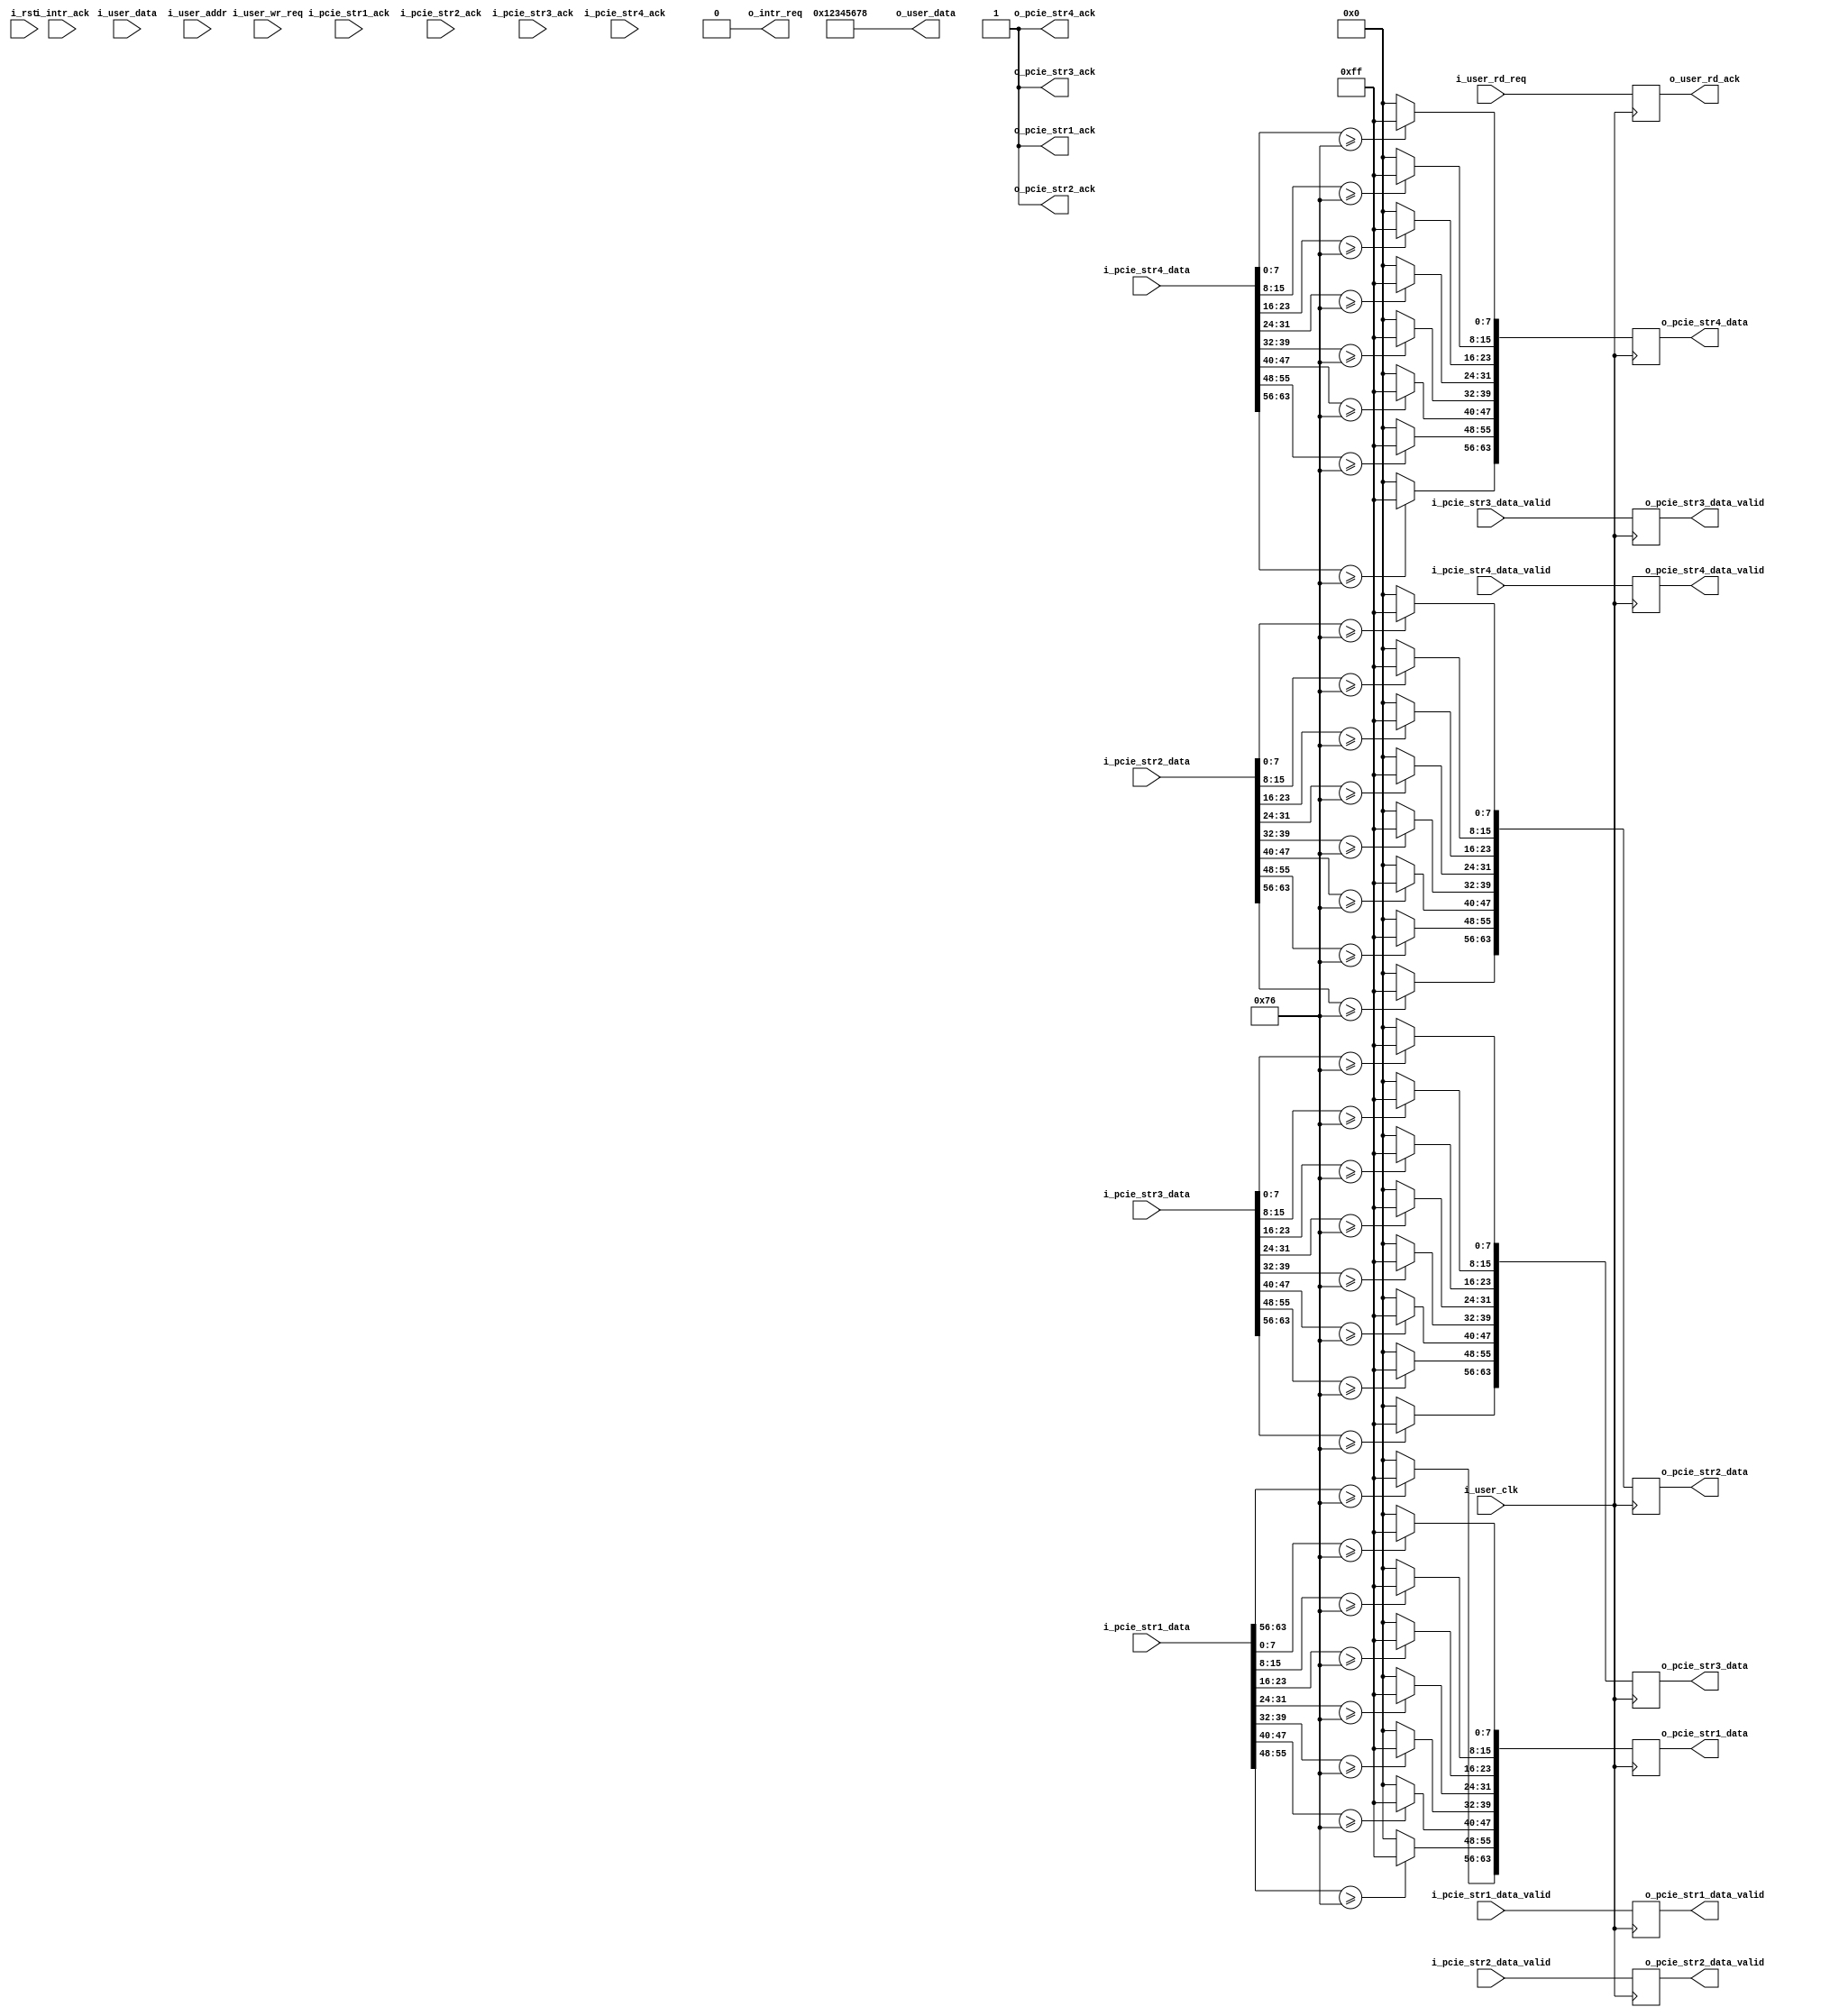
//--------------------------------------------------------------------------------
// Project    : SWITCH
// Version    : 0.1
//
// Description: A dummy user logic for testing purpose
//--------------------------------------------------------------------------------
`define threshold 118

module user_logic(
    input              i_user_clk,
    input              i_rst,
    //reg i/f 
    input    [31:0]    i_user_data,
    input    [19:0]    i_user_addr,
    input              i_user_wr_req,
    output   [31:0]    o_user_data,
    output  reg        o_user_rd_ack,
    input              i_user_rd_req, 
    //stream i/f 1
    input              i_pcie_str1_data_valid,
    output             o_pcie_str1_ack,
    input    [63:0]    i_pcie_str1_data,
    output   reg       o_pcie_str1_data_valid,
    input              i_pcie_str1_ack,
    output   reg [63:0]o_pcie_str1_data,
    //stream i/f 2       
    input              i_pcie_str2_data_valid,
    output             o_pcie_str2_ack,
    input    [63:0]    i_pcie_str2_data,
    output   reg       o_pcie_str2_data_valid,
    input              i_pcie_str2_ack,
    output   reg [63:0]o_pcie_str2_data,
    //stream i/f 3
    input              i_pcie_str3_data_valid,
    output             o_pcie_str3_ack,
    input    [63:0]    i_pcie_str3_data,
    output   reg       o_pcie_str3_data_valid,
    input              i_pcie_str3_ack,
    output   reg [63:0]o_pcie_str3_data,
    //stream i/f 4
    input              i_pcie_str4_data_valid,
    output             o_pcie_str4_ack,
    input    [63:0]    i_pcie_str4_data,
    output   reg       o_pcie_str4_data_valid,
    input              i_pcie_str4_ack,
    output   reg [63:0]o_pcie_str4_data,
    //interrupt if
    output             o_intr_req,
    input              i_intr_ack
);

reg [31:0] user_control;
assign o_intr_req             = 1'b0;
assign o_pcie_str1_ack        = 1'b1;
assign o_pcie_str2_ack        = 1'b1;
assign o_pcie_str3_ack        = 1'b1;
assign o_pcie_str4_ack        = 1'b1;

always @(posedge i_user_clk)
begin
    o_pcie_str1_data_valid <= i_pcie_str1_data_valid;
    o_pcie_str2_data_valid <= i_pcie_str2_data_valid;
    o_pcie_str3_data_valid <= i_pcie_str3_data_valid;
    o_pcie_str4_data_valid <= i_pcie_str4_data_valid;
    
    if(i_pcie_str1_data[7:0]  >= `threshold)               //one level pipelining
       o_pcie_str1_data[7:0]  <=    8'hff;
    else
       o_pcie_str1_data[7:0]  <=    8'h00;
       
    if(i_pcie_str1_data[15:8]  >= `threshold)               //one level pipelining
       o_pcie_str1_data[15:8]  <=    8'hff;
    else
       o_pcie_str1_data[15:8]  <=    8'h00;
       
    if(i_pcie_str1_data[23:16]  >= `threshold)               //one level pipelining
       o_pcie_str1_data[23:16]  <=    8'hff;
    else
       o_pcie_str1_data[23:16]  <=    8'h00;
       
    if(i_pcie_str1_data[31:24]  >= `threshold)               //one level pipelining
       o_pcie_str1_data[31:24]  <=    8'hff;
    else
       o_pcie_str1_data[31:24]  <=    8'h00;
       
    if(i_pcie_str1_data[39:32]  >= `threshold)               //one level pipelining
       o_pcie_str1_data[39:32]  <=    8'hff;
    else
       o_pcie_str1_data[39:32]  <=    8'h00;
       
    if(i_pcie_str1_data[47:40]  >= `threshold)               //one level pipelining
       o_pcie_str1_data[47:40]  <=    8'hff;
    else
       o_pcie_str1_data[47:40]  <=    8'h00;
       
    if(i_pcie_str1_data[55:48]  >= `threshold)               //one level pipelining
       o_pcie_str1_data[55:48]  <=    8'hff;
    else
       o_pcie_str1_data[55:48]  <=    8'h00;  

    if(i_pcie_str1_data[63:56]  >= `threshold)               //one level pipelining
       o_pcie_str1_data[63:56]  <=    8'hff;
    else
       o_pcie_str1_data[63:56]  <=    8'h00;       
       
    if(i_pcie_str2_data[7:0]  >= `threshold)               //one level pipelining
       o_pcie_str2_data[7:0]  <=    8'hff;
    else         
       o_pcie_str2_data[7:0]  <=    8'h00;
                 
    if(i_pcie_str2_data[15:8]  >= `threshold)               //one level pipelining
       o_pcie_str2_data[15:8]  <=    8'hff;
    else         
       o_pcie_str2_data[15:8]  <=    8'h00;
                 
    if(i_pcie_str2_data[23:16]  >= `threshold)               //one level pipelining
       o_pcie_str2_data[23:16]  <=    8'hff;
    else         
       o_pcie_str2_data[23:16]  <=    8'h00;
                 
    if(i_pcie_str2_data[31:24]  >= `threshold)               //one level pipelining
       o_pcie_str2_data[31:24]  <=    8'hff;
    else         
       o_pcie_str2_data[31:24]  <=    8'h00;
                 
    if(i_pcie_str2_data[39:32]  >= `threshold)               //one level pipelining
       o_pcie_str2_data[39:32]  <=    8'hff;
    else         
       o_pcie_str2_data[39:32]  <=    8'h00;
                 
    if(i_pcie_str2_data[47:40]  >= `threshold)               //one level pipelining
       o_pcie_str2_data[47:40]  <=    8'hff;
    else         
       o_pcie_str2_data[47:40]  <=    8'h00;
                 
    if(i_pcie_str2_data[55:48]  >= `threshold)               //one level pipelining
       o_pcie_str2_data[55:48]  <=    8'hff;
    else         
       o_pcie_str2_data[55:48]  <=    8'h00;  
                 
    if(i_pcie_str2_data[63:56]  >= `threshold)               //one level pipelining
       o_pcie_str2_data[63:56]  <=    8'hff;
    else         
       o_pcie_str2_data[63:56]  <=    8'h00;

    if(i_pcie_str3_data[7:0]  >= `threshold)               //one level pipelining
       o_pcie_str3_data[7:0]  <=    8'hff;
    else
       o_pcie_str3_data[7:0]  <=    8'h00;
                 
    if(i_pcie_str3_data[15:8]  >= `threshold)               //one level pipelining
       o_pcie_str3_data[15:8]  <=    8'hff;
    else         
       o_pcie_str3_data[15:8]  <=    8'h00;
                 
    if(i_pcie_str3_data[23:16]  >= `threshold)               //one level pipelining
       o_pcie_str3_data[23:16]  <=    8'hff;
    else         
       o_pcie_str3_data[23:16]  <=    8'h00;
                 
    if(i_pcie_str3_data[31:24]  >= `threshold)               //one level pipelining
       o_pcie_str3_data[31:24]  <=    8'hff;
    else         
       o_pcie_str3_data[31:24]  <=    8'h00;
                 
    if(i_pcie_str3_data[39:32]  >= `threshold)               //one level pipelining
       o_pcie_str3_data[39:32]  <=    8'hff;
    else         
       o_pcie_str3_data[39:32]  <=    8'h00;
                 
    if(i_pcie_str3_data[47:40]  >= `threshold)               //one level pipelining
       o_pcie_str3_data[47:40]  <=    8'hff;
    else         
       o_pcie_str3_data[47:40]  <=    8'h00;
                 
    if(i_pcie_str3_data[55:48]  >= `threshold)               //one level pipelining
       o_pcie_str3_data[55:48]  <=    8'hff;
    else         
       o_pcie_str3_data[55:48]  <=    8'h00;  
                 
    if(i_pcie_str3_data[63:56]  >= `threshold)               //one level pipelining
       o_pcie_str3_data[63:56]  <=    8'hff;
    else         
       o_pcie_str3_data[63:56]  <=    8'h00;

    if(i_pcie_str4_data[7:0]  >= `threshold)               //one level pipelining
       o_pcie_str4_data[7:0]  <=    8'hff;
    else         
       o_pcie_str4_data[7:0]  <=    8'h00;
                 
    if(i_pcie_str4_data[15:8]  >= `threshold)               //one level pipelining
       o_pcie_str4_data[15:8]  <=    8'hff;
    else         
       o_pcie_str4_data[15:8]  <=    8'h00;
                 
    if(i_pcie_str4_data[23:16]  >= `threshold)               //one level pipelining
       o_pcie_str4_data[23:16]  <=    8'hff;
    else         
       o_pcie_str4_data[23:16]  <=    8'h00;
                 
    if(i_pcie_str4_data[31:24]  >= `threshold)               //one level pipelining
       o_pcie_str4_data[31:24]  <=    8'hff;
    else         
       o_pcie_str4_data[31:24]  <=    8'h00;
                 
    if(i_pcie_str4_data[39:32]  >= `threshold)               //one level pipelining
       o_pcie_str4_data[39:32]  <=    8'hff;
    else         
       o_pcie_str4_data[39:32]  <=    8'h00;
                 
    if(i_pcie_str4_data[47:40]  >= `threshold)               //one level pipelining
       o_pcie_str4_data[47:40]  <=    8'hff;
    else         
       o_pcie_str4_data[47:40]  <=    8'h00;
                 
    if(i_pcie_str4_data[55:48]  >= `threshold)               //one level pipelining
       o_pcie_str4_data[55:48]  <=    8'hff;
    else         
       o_pcie_str4_data[55:48]  <=    8'h00;  
                 
    if(i_pcie_str4_data[63:56]  >= `threshold)               //one level pipelining
       o_pcie_str4_data[63:56]  <=    8'hff;
    else         
       o_pcie_str4_data[63:56]  <=    8'h00;       
       
end

//User register read
always @(posedge i_user_clk)
begin
   o_user_rd_ack  <= i_user_rd_req;
end
   
assign o_user_data = 'h12345678;
     
endmodule